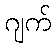
ဂျက်